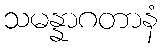
သမန္နာဂတာနံ